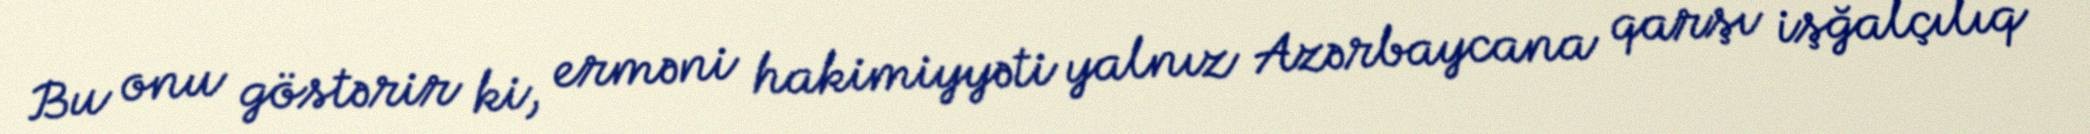
Bu onu göstərir ki, erməni hakimiyyəti yalnız Azərbaycana qarşı işğalçılıq